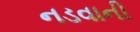
નડવાની